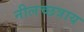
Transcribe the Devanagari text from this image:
नीलच्छत्राय